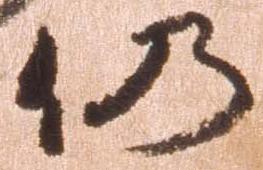
仍